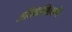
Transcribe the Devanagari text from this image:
अतिकैल्शियमेह